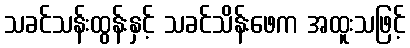
သခင်သန်းထွန်းနှင့် သခင်သိန်းဖေက အထူးသဖြင့်